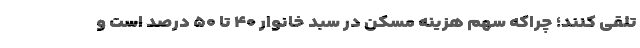
تلقی کنند؛ چراکه سهم هزینه مسکن در سبد خانوار ۴۰ تا ۵۰ درصد است و